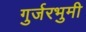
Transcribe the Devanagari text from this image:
गुर्जरभुमी